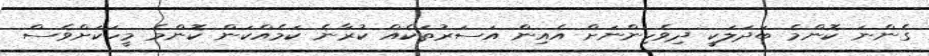
ގެންނަ ކޮންމެ ބަދަލަކީ ދިވެހިންނަށް އެއިން އަސަރުތަކެއް ކުރާނެ ކަމެއްކަން ކޮންމެ މީހަކަށްވެސް